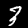
Label: 3